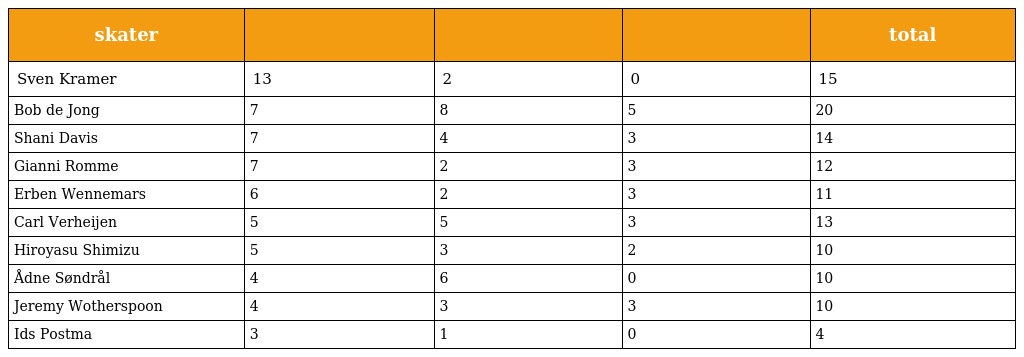
| skater |  |  |  | total |
 | --- | --- | --- | --- | --- |
 | Sven Kramer | 13 | 2 | 0 | 15 |
 | Bob de Jong | 7 | 8 | 5 | 20 |
 | Shani Davis | 7 | 4 | 3 | 14 |
 | Gianni Romme | 7 | 2 | 3 | 12 |
 | Erben Wennemars | 6 | 2 | 3 | 11 |
 | Carl Verheijen | 5 | 5 | 3 | 13 |
 | Hiroyasu Shimizu | 5 | 3 | 2 | 10 |
 | Ådne Søndrål | 4 | 6 | 0 | 10 |
 | Jeremy Wotherspoon | 4 | 3 | 3 | 10 |
 | Ids Postma | 3 | 1 | 0 | 4 |